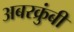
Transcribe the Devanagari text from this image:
अबरक्रुंबी